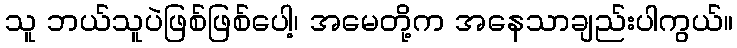
သူ ဘယ်သူပဲဖြစ်ဖြစ်ပေါ့၊ အမေတို့က အနေသာချည်းပါကွယ်။